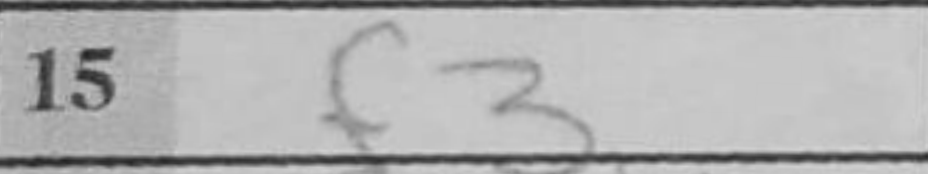
Transcription: f3